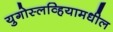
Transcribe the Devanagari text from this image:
युगोस्लव्हियामधील